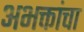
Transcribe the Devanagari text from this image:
अभक्तांचा